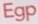
Egp